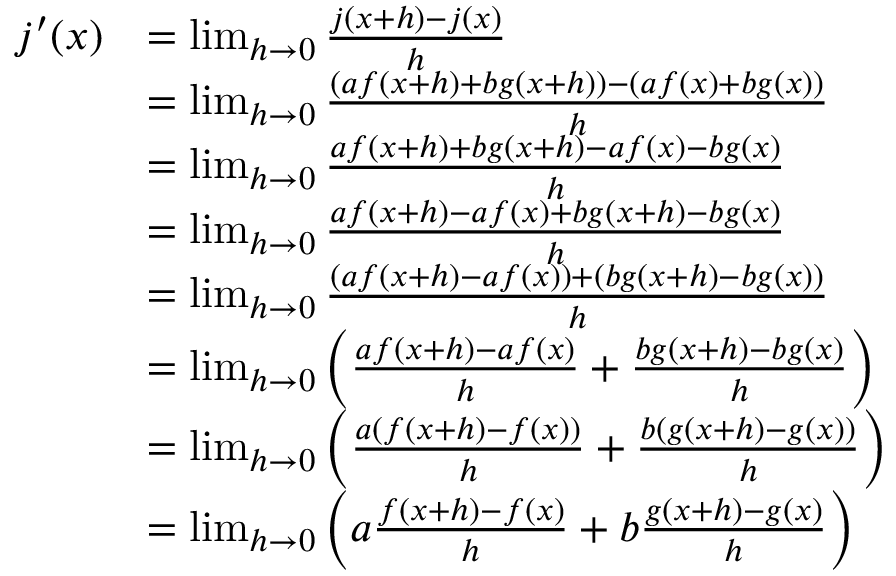
{ \begin{array} { r l } { j ^ { \prime } ( x ) } & { = \operatorname* { l i m } _ { h \rightarrow 0 } { \frac { j ( x + h ) - j ( x ) } { h } } } \\ & { = \operatorname* { l i m } _ { h \rightarrow 0 } { \frac { \left( a f ( x + h ) + b g ( x + h ) \right) - \left( a f ( x ) + b g ( x ) \right) } { h } } } \\ & { = \operatorname* { l i m } _ { h \rightarrow 0 } { \frac { a f ( x + h ) + b g ( x + h ) - a f ( x ) - b g ( x ) } { h } } } \\ & { = \operatorname* { l i m } _ { h \rightarrow 0 } { \frac { a f ( x + h ) - a f ( x ) + b g ( x + h ) - b g ( x ) } { h } } } \\ & { = \operatorname* { l i m } _ { h \rightarrow 0 } { \frac { ( a f ( x + h ) - a f ( x ) ) + ( b g ( x + h ) - b g ( x ) ) } { h } } } \\ & { = \operatorname* { l i m } _ { h \rightarrow 0 } \left( { \frac { a f ( x + h ) - a f ( x ) } { h } } + { \frac { b g ( x + h ) - b g ( x ) } { h } } \right) } \\ & { = \operatorname* { l i m } _ { h \rightarrow 0 } \left( { \frac { a ( f ( x + h ) - f ( x ) ) } { h } } + { \frac { b ( g ( x + h ) - g ( x ) ) } { h } } \right) } \\ & { = \operatorname* { l i m } _ { h \rightarrow 0 } \left( a { \frac { f ( x + h ) - f ( x ) } { h } } + b { \frac { g ( x + h ) - g ( x ) } { h } } \right) } \end{array} }